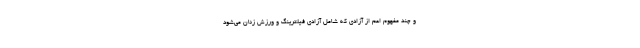
و چند مفهوم اعم از آزادی که شامل آزادی فیلترینگ و ورزش زنان می‌شود